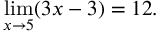
\operatorname* { l i m } _ { x \to 5 } ( 3 x - 3 ) = 1 2 .